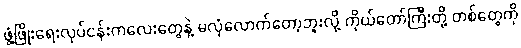
ဖွံ့ဖြိုးရေးလုပ်ငန်းကလေးတွေနဲ့ မလုံလောက်တော့ဘူးလို့ ကိုယ်တော်ကြီးတို့ တစ်တွေကို